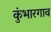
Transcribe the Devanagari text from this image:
कुंभारगाव